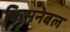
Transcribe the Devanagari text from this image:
फिसनेबल